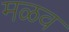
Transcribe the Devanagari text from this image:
मळव